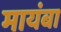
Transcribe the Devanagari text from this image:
मायंबा